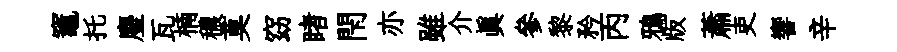
竈托麈瓦楠穠莫窈睹閇亦雖介真參黎矜丙鴉版蕭吏響辛